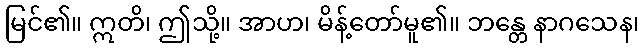
မြင်၏။ ဣတိ၊ ဤသို့။ အာဟ၊ မိန့်တော်မူ၏။ ဘန္တေ နာဂသေန၊